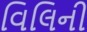
વિલિની